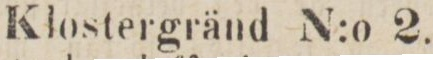
Klostergränd N:o 2.